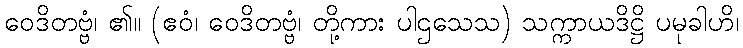
ဝေဒိတဗ္ဗံ၊ ၏။ (ဧဝံ၊ ဝေဒိတဗ္ဗံ၊ တို့ကား ပါဌသေသ) သက္ကာယဒိဋ္ဌိ ပမုခါဟိ၊